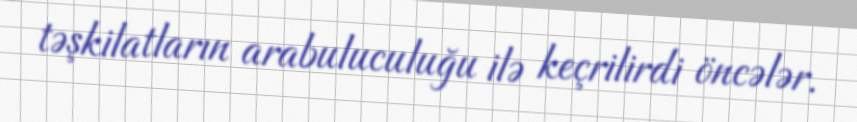
təşkilatların arabuluculuğu ilə keçrilirdi öncələr.